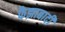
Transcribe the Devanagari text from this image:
फैझाबादी